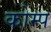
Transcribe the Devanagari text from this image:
कोम्प